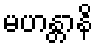
မဟန္တာနိ